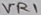
Text: VR1